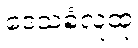
ဒေသခံလူထု